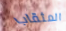
المثقاب